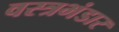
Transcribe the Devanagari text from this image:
वस्त्रभंडार